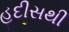
હદીસથી